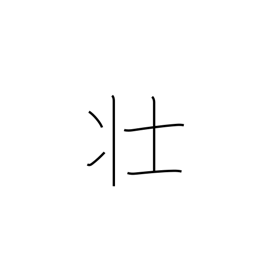
Meaning: robust